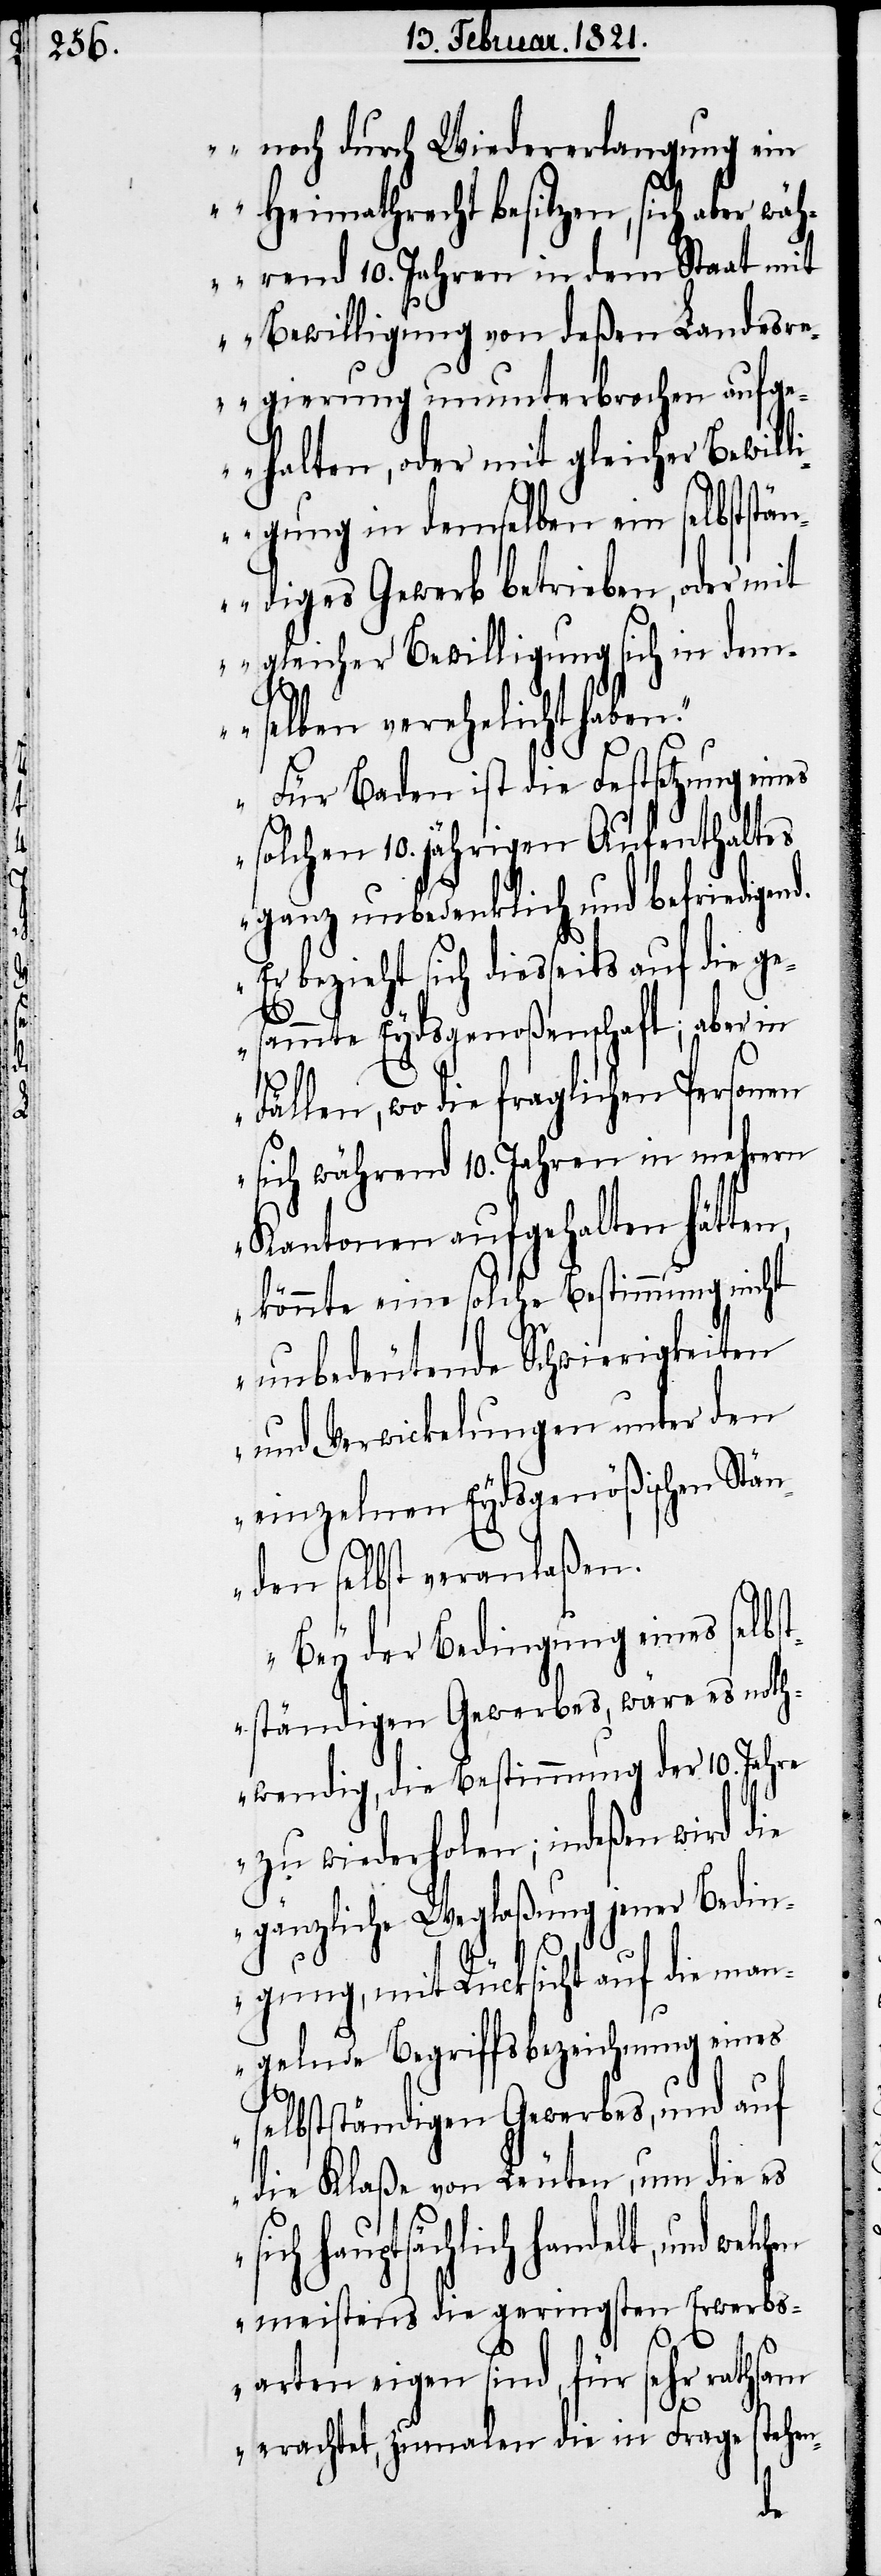
noch durch Wiedererlangung ein
Heimathrecht besitzen, sich aber wä¬
hrend 10. Jahren in dem Staat mit
Bewilligung von deßen Landesr¬
egierung ununterbrochen aufge¬
halten, oder mit gleicher Bewil¬
ligung in demselben ein selbststän¬
diges Gewerbe betrieben, oder mit
gleicher Bewilligung sich in dem¬
selben verehelicht haben.‘
Für Baden ist die Fortsetzung eines
solchen 10. jährigen Aufenthaltes
ganz unbedenklich und befriedigen¬
Er bezieht sich diesseits auf die ge¬
sammte Eydsgenoßenschaft; aber in
Fällen, wo die fraglichen Personen
sich während 10. Jahren in mehrern
Kantonen aufgehalten hätten,
d.
könnte eine solche Bestimmung nicht
unbedeutende Schwierigkeiten
und Verwickelungen unter den
einzelnen Eydsgenößischen Stä¬
nden selbst veranlaßen.
Bey der Bedingung eines selbst¬
ständigen Gewerbes, wäre es noth¬
wendig, die Bestimmung der 10. Jahre
zu widerholen; indeßen wird die
gänzliche Weglaßung jener Bedin¬
gung, mit Rücksicht auf die man¬
gelnde Begriffsbezeichnung eines
selbstständigen Gewerbes, und auf
die Klaße von Leuten, um die es
sich hauptsächlich handelt, und
meistens die geringsten Erwerbs¬
arten eigen sind, für sehr rathsam
erachtet, zumalen die in Frage stehen-